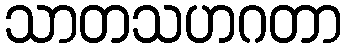
သာတသဟဂတာ